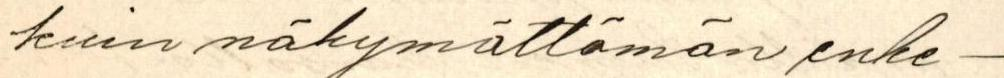
kuin näkymättömän enke-